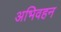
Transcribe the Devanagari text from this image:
अभिवहन